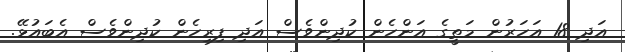
އަދި 18 އަހަރުން މަތީގެ އަންހެން ކުދިންވެސް އަދި ފިރިހެން ކުދިންވެސް އެބައުޅޭ.